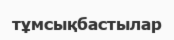
тұмсықбастылар